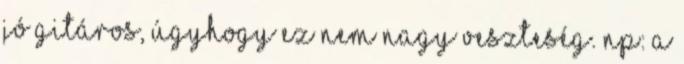
jó gitáros, úgyhogy ez nem nagy veszteség. NP: A